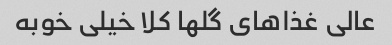
عالی غذاهای گلها کلا خیلی خوبه